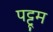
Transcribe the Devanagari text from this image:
पट्टूम